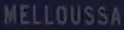
MELLOUSSA